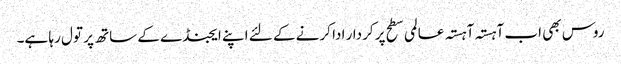
روس بھی اب آہستہ آہستہ عالمی سطح پر کردار ادا کرنے کے لئے اپنے ایجنڈے کے ساتھ پر تول رہا ہے۔